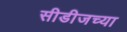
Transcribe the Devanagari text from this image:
सीडीजच्या